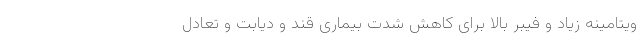
ویتامینه زیاد و فیبر بالا برای کاهش شدت بیماری قند و دیابت و تعادل